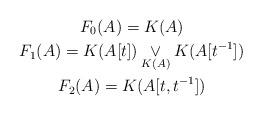
LaTeX: \begin{gather*}F_0(A) = K(A)\\F_1(A) = K(A[t])\underset{K(A)}{\vee} K(A[t^{-1}])\\F_2(A) = K(A[t,t^{-1}])\end{gather*}